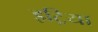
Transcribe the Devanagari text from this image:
इट्रिया